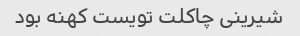
شیرینی چاکلت تویست کهنه بود